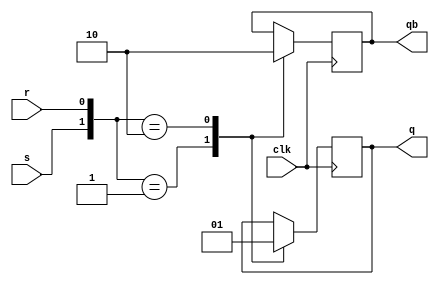
module srff(s,r,clk,q,qb);

input s,r,clk;
output reg q,qb;

always @(posedge clk) begin

case({s,r})
  {1'b0,1'b0}:begin q=q;qb=qb;end
  {1'b0,1'b1}:begin q=0;qb=1;end
  {1'b1,1'b0}:begin q=1;qb=0;end
  {1'b0,1'b0}:begin q=0;qb=0;end
endcase
end
endmodule